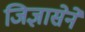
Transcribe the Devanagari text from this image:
जिज्ञासेने